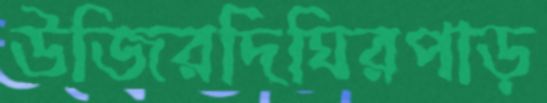
উজিরদিঘিরপাড়